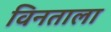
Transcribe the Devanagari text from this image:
विनताला